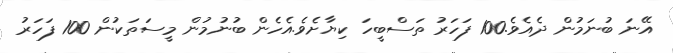
އޭނަ ބުނަމުުން ދެއެވެ.100 ފަހަރު ތަސްބީހަ ކިޔާށެވެ.އެހެން ބުނުމުން މީސަތަކުން 100 ފަހަރު